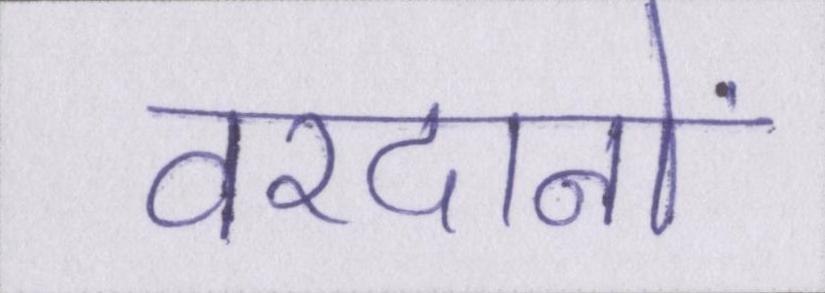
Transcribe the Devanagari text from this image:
वरदानों